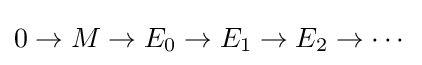
0\rightarrow M\rightarrow E_{0}\rightarrow E_{1}\rightarrow E_{2}\rightarrow \cdots